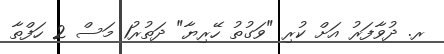
ރ. ދުވާފަރު އަށް ކުރި "ވަގުތު ހޭރިޔާ" ދަތުރު1 މަސް 2 ހަފްތާ